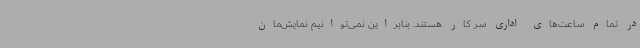
در تمام ساعت‌های اداری سر کار هستند. بنابراین نمی‌توانیم نمایش‌مان